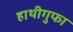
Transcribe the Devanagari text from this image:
हाथीगुफा